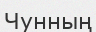
Чунның